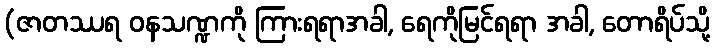
(ဇာတဿရ ဝနသဏ္ဍကို ကြားရရာအခါ, ရေကိုမြင်ရရာ အခါ, တောရိပ်သို့